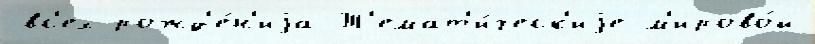
вс'ех рожд'е́н'иjа Т'емат'и́ческ'иjе м'ирово́й